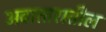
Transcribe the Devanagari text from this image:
अवातारातील